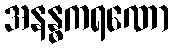
အနန္ဓကရဏော